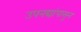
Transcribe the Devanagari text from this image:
उपनद्यांपासून